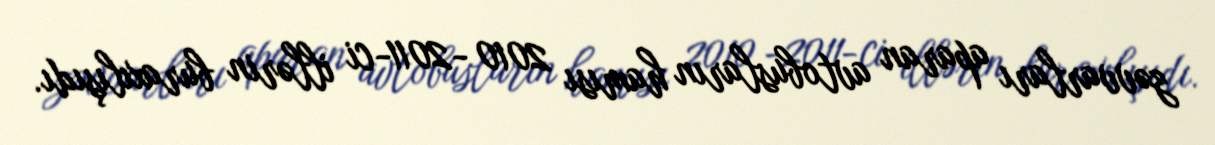
zəvvarları aparan avtobusların hamısı 2010 -2011-ci illərin buraxılışıdı.